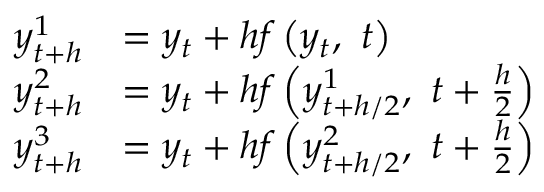
{ \begin{array} { r l } { y _ { t + h } ^ { 1 } } & { = y _ { t } + h f \left( y _ { t } , \ t \right) } \\ { y _ { t + h } ^ { 2 } } & { = y _ { t } + h f \left( y _ { t + h / 2 } ^ { 1 } , \ t + { \frac { h } { 2 } } \right) } \\ { y _ { t + h } ^ { 3 } } & { = y _ { t } + h f \left( y _ { t + h / 2 } ^ { 2 } , \ t + { \frac { h } { 2 } } \right) } \end{array} }